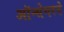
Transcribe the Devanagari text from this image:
ऑन्सेगरने